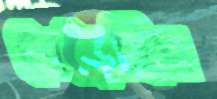
বেড়েছিস